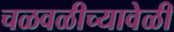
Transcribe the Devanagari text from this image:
चळवळीच्यावेळी